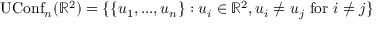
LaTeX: \operatorname { U C o n f } _ { n } ( \mathbb { R } ^ { 2 } ) = \{ \{ u _ { 1 } , . . . , u _ { n } \} : u _ { i } \in \mathbb { R } ^ { 2 } , u _ { i } \neq u _ { j } { \mathrm { ~ f o r ~ } } i \neq j \}